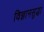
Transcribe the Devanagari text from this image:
विज्ञानसुद्धा